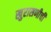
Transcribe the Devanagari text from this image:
खुरासणीची